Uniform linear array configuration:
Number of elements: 16
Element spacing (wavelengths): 1
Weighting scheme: hann
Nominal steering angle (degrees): -45
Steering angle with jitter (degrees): -45.438
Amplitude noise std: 0.05
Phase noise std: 0.05

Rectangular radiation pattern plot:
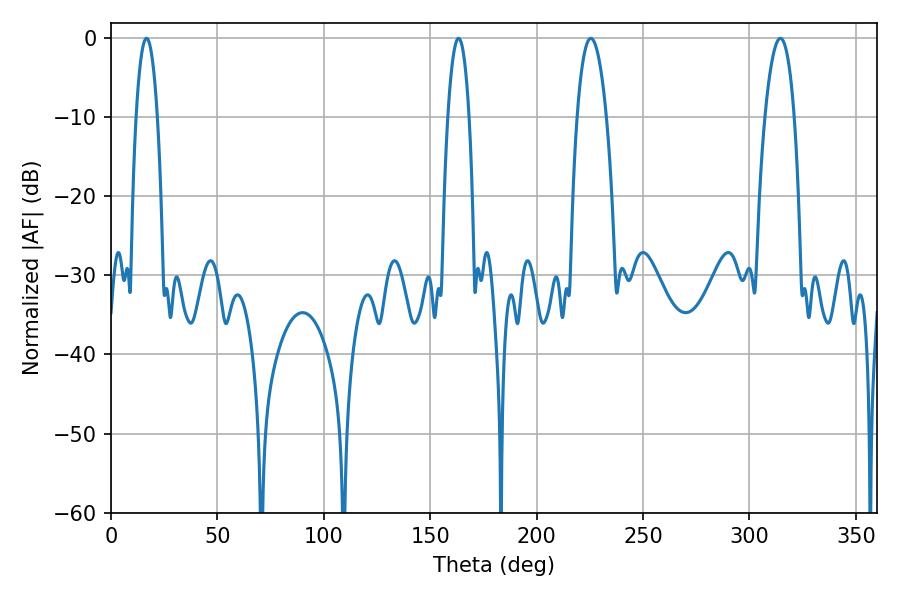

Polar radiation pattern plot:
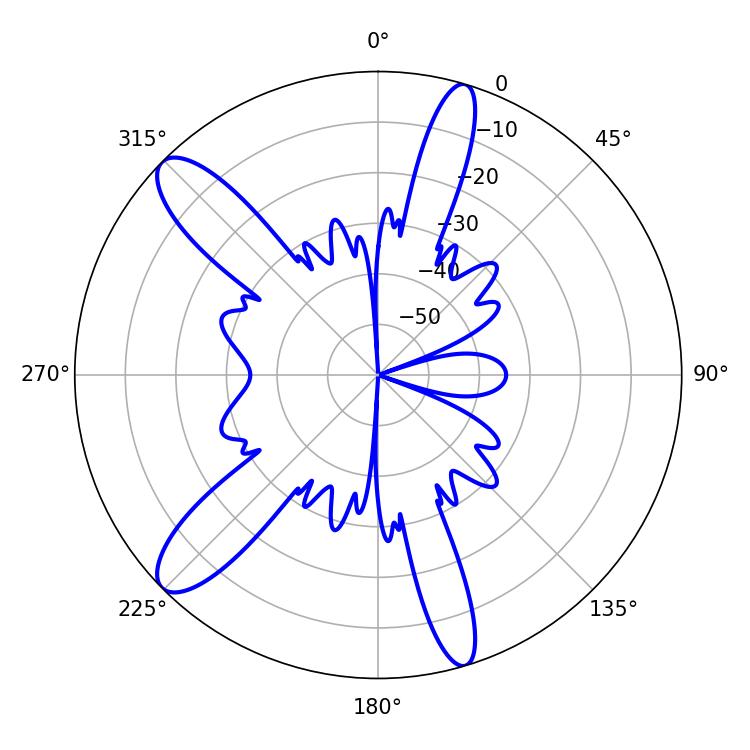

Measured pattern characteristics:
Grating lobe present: TRUE
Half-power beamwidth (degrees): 7.74
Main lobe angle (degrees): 314.46